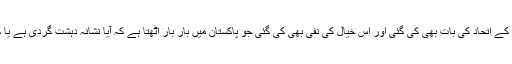
مسلم امہ کے اتحاد کی بات بھی کی گئی اور اس خیال کی نفی بھی کی گئی جو پاکستان میں بار بار اٹھتا ہے کہ آیا نشانہ دہشت گردی ہے یا کچھ اور۔